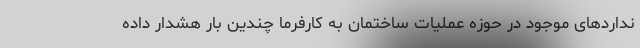
نداردهای موجود در حوزه عملیات ساختمان به کارفرما چندین بار هشدار داده